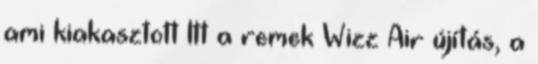
ami kiakasztott Itt a remek Wizz Air újítás, a